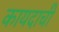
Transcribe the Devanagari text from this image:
कायदाची